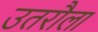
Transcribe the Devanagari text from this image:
उतरौला